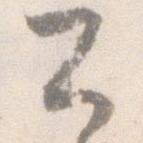
公